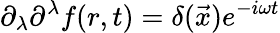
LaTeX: \partial_{\lambda}\partial^{\lambda}f(r,t)=\delta(\vec{x})e^{-i\omega t}